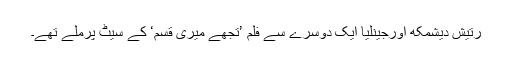
رتیش دیشمکھ اورجینلیا ایک دوسرے سے فلم ’تجھے میری قسم‘ کے سیٹ پرملے تھے۔